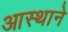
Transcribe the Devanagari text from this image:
आस्थाने